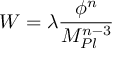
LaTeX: W = \lambda { \frac { \phi ^ { n } } { M _ { P l } ^ { n - 3 } } } ~